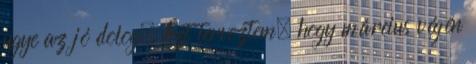
ugye az jó dolog. Azt terveztem, hogy március végén